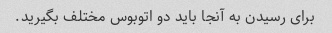
برای رسیدن به آنجا باید دو اتوبوس مختلف بگیرید.